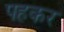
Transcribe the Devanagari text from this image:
पहकर